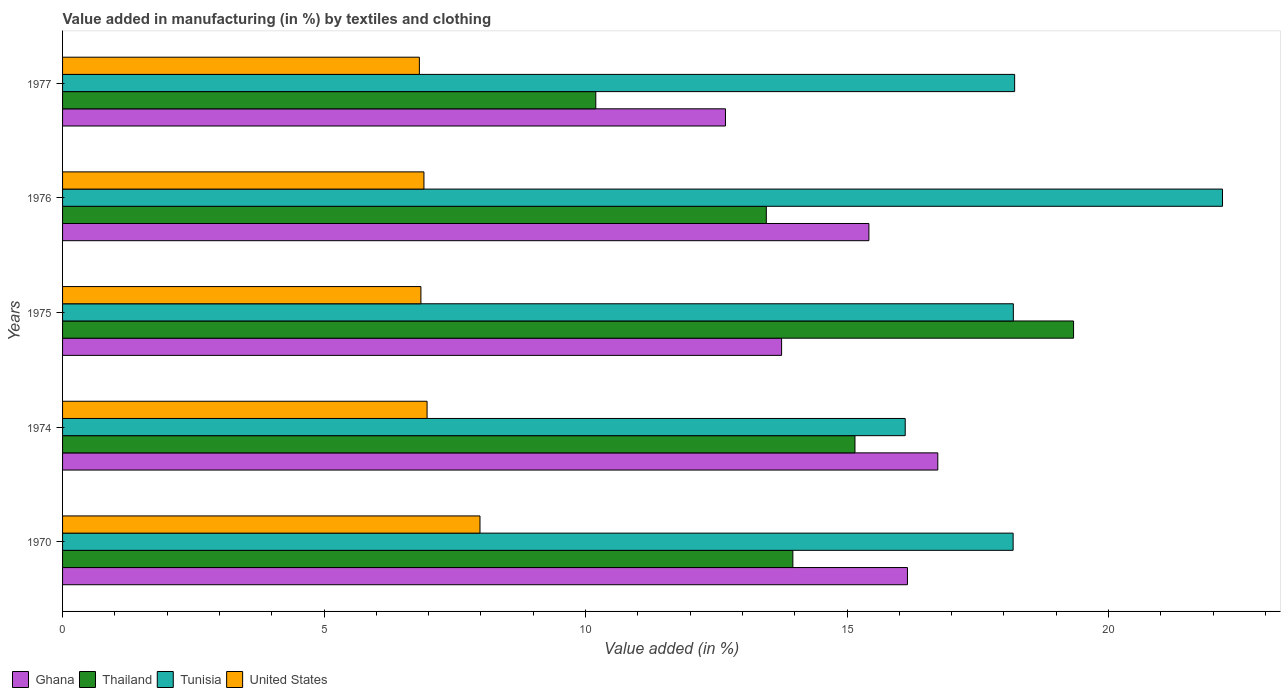
| Years | Ghana | Thailand | Tunisia | United States |
 | --- | --- | --- | --- | --- |
 | 1970 | 16.2 | 14 | 18.2 | 7.98 |
 | 1974 | 16.7 | 15.2 | 16.1 | 6.97 |
 | 1975 | 13.7 | 19.3 | 18.2 | 6.85 |
 | 1976 | 15.4 | 13.5 | 22.2 | 6.91 |
 | 1977 | 12.7 | 10.2 | 18.2 | 6.82 |